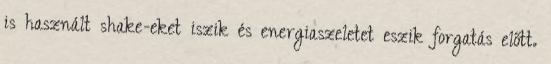
is használt shake-eket iszik és energiaszeletet eszik forgatás előtt.